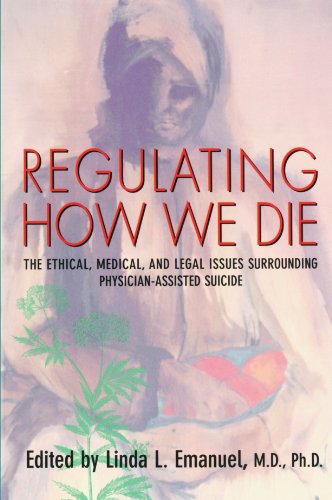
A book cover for Regulating How We Die: The Ethical, Medical, and Legal Issues Surrounding Physician-Assisted Suicide; Medical Books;